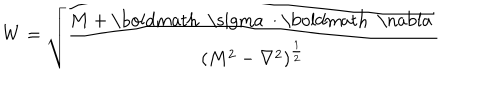
W = \sqrt { \frac { M + \mathrm { \boldmath ~ \ s i g m a ~ } \cdot \mathrm { \boldmath ~ \nabla ~ } } { ( M ^ { 2 } - \nabla ^ { 2 } ) ^ { \frac { 1 } { 2 } } } }